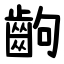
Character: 齣